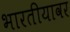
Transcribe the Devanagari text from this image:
भारतीयावर